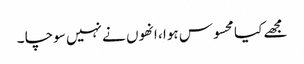
مجھے کیا محسوس ہوا ، انھوں نے نہیں سوچا ۔